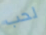
لحب